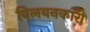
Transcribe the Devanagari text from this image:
विलयनकारी